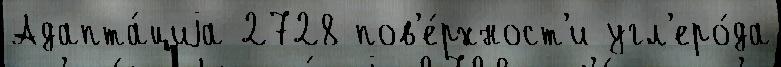
Адапта́циjа 2728 пов'е́рхност'и угл'еро́да